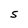
Character: S